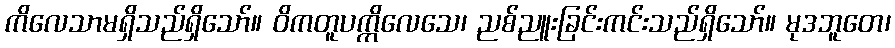
ကိလေသာမရှိသည်ရှိသော်။ ဝိကတူပက္ကိလေသေ၊ ညစ်ညူးခြင်းကင်းသည်ရှိသော်။ မုဒဘူတေ၊